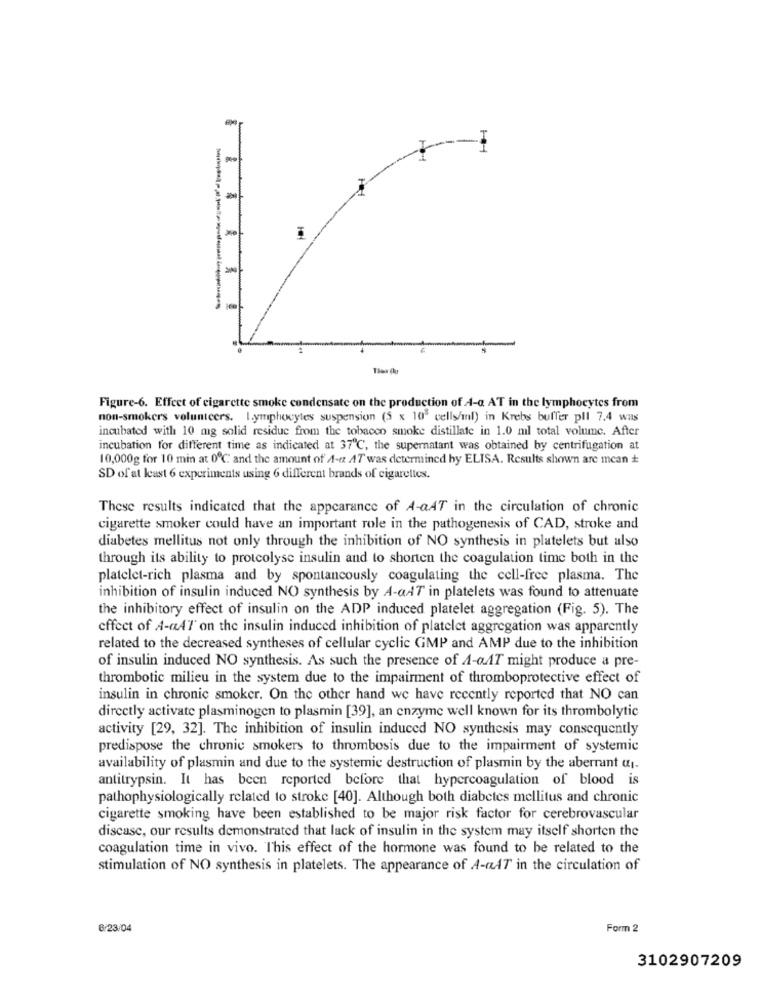
Figure-6. Effect of cigarette smoke condensate on the production of A-a AT in the lymphocytes from
non-smokers volunteers. lymphocytes suspension (5 x 10" cells/ml) in Krebs buffer pll 7.4 was
incubated with 10 mg solid residue from the tobacco smoke distillate in 1.0 mil total volume. After
incubation for different time as indicated at 37℃, the supernatant was obtained by centrifugation at
10,000g for 10 min at 0℃ and the amount of A-a AT was determined by ELISA. Results shown are mean +
SD of at least 6 experiments using 6 different brands of cigarettes.
These results indicated that the appearance of A-aAT in the circulation of chronic
cigarette smoker could have an important role in the pathogenesis of CAD, stroke and
diabetes mellitus not only through the inhibition of NO synthesis in platelets but also
through its ability to protcolyse insulin and to shorten the coagulation time both in the
platelet-rich plasma and by spontaneously coagulating the cell-free plasma. The
inhibition of insulin induced NO synthesis by A-aAT in platelets was found to attenuate
the inhibitory effect of insulin on the ADP induced platelet aggregation (Fig. 5). The
effect of A-a4l' on the insulin induced inhibition of platelet aggregation was apparently
related to the decreased syntheses of cellular cyclic GMP and AMP due to the inhibition
of insulin induced NO synthesis. As such the presence of A-aAT might produce a pre-
thrombotic milieu in the system due to the impairment of thromboprotective effect of
insulin in chronic smoker. On the other hand we have recently reported that NO can
directly activate plasminogen to plasmin [39], an enzyme well known for its thrombolytic
activity [29, 32]. The inhibition of insulin induced NO synthesis may consequently
predispose the chronic smokers to thrombosis due to the impairment of systemic
availability of plasmin and due to the systemic destruction of plasmin by the aberrant u1.
antitrypsin. It has been reported before that hypercoagulation of blood is
pathophysiologically related to stroke [40]. Although both diabetes mellitus and chronic
cigarette smoking have been established to be major risk factor for cerebrovascular
discase, our results demonstrated that lack of insulin in the system may itself shorten the
coagulation time in vivo. This effect of the hormone was found to be related to the
stimulation of NO synthesis in platelets. The appearance of A-47 in the circulation of
6/23/04
Form 2
3102907209